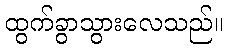
ထွက်ခွာသွားလေသည်။